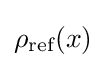
\rho _{\text{ref}}(x)